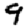
Digit: 9